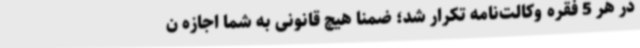
در هر 5 فقره وکالت‌نامه تکرار شد؛ ضمناً هیچ قانونی به شما اجازه ن